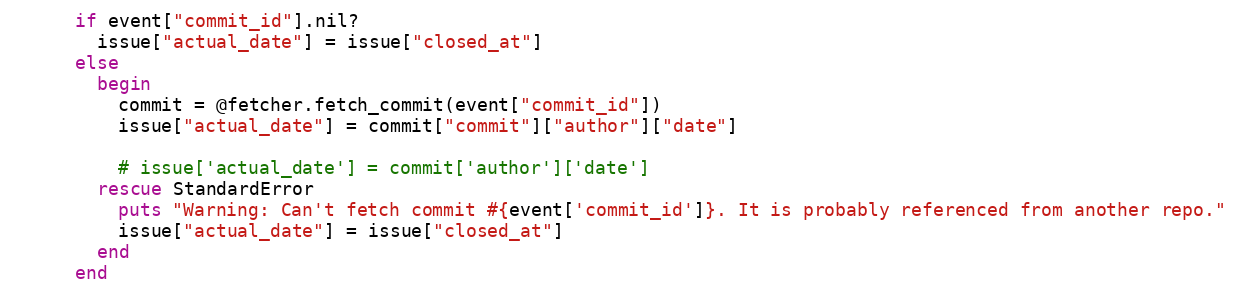
Language: Ruby
      if event["commit_id"].nil?
        issue["actual_date"] = issue["closed_at"]
      else
        begin
          commit = @fetcher.fetch_commit(event["commit_id"])
          issue["actual_date"] = commit["commit"]["author"]["date"]

          # issue['actual_date'] = commit['author']['date']
        rescue StandardError
          puts "Warning: Can't fetch commit #{event['commit_id']}. It is probably referenced from another repo."
          issue["actual_date"] = issue["closed_at"]
        end
      end